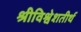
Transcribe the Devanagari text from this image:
श्रीविश्वेशतीर्थ